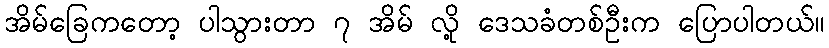
အိမ်ခြေကတော့ ပါသွားတာ ၇ အိမ် လို့ ဒေသခံတစ်ဦးက ပြောပါတယ်။